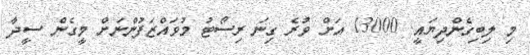
މި ލިބިގެންދިޔައީ. 13000 އަށް ވުރެ ގިނަ ރިސޯޓު މުވައްޒަފުންނަށް މީގެން ސީދާ